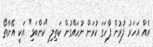
އެއް އަހަރު ފުރުން ފާހަގަ ކުރަން ނުހައްގުން ކަތިލި "ކަންބަޅި" އަކީ އޭނާތޯ